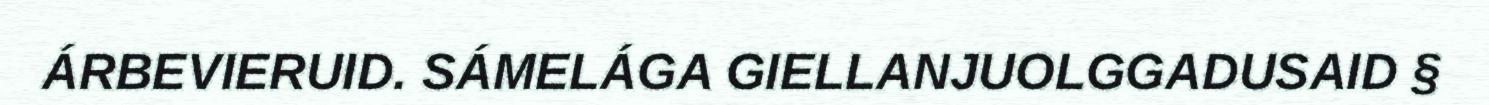
ÁRBEVIERUID. SÁMELÁGA GIELLANJUOLGGADUSAID §